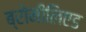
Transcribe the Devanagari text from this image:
ब्रोमीलिएड